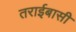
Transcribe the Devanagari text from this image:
तराईबासी